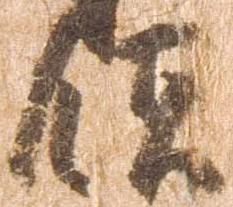
領